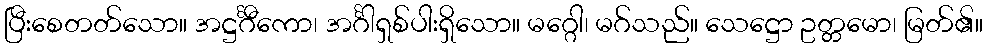
ပြီးစေတတ်သော။ အဋ္ဌင်္ဂီကော၊ အင်္ဂါရှစ်ပါးရှိသော။ မဂ္ဂေါ၊ မဂ်သည်။ သေဋ္ဌော ဥတ္တမော၊ မြတ်၏။